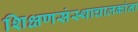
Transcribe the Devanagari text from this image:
शिक्षणसंस्थाचालकांना